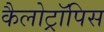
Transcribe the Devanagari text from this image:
कैलोट्रॉपिस